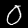
Label: 0